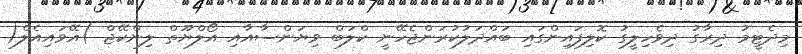
މިދެޓީމު ދިރާގު ދިވެހިލީގު ކޮލިފައިންގައި ބައްދަލުކުރަންޖެހޭނީ ކްލަބް ވިޔަންސާއާއި އޯލްޔޫތް ލިންކޭޖް )އޭވައިއެލް(